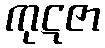
ကုဋဇာ